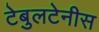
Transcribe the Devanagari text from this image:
टेबुलटेनीस